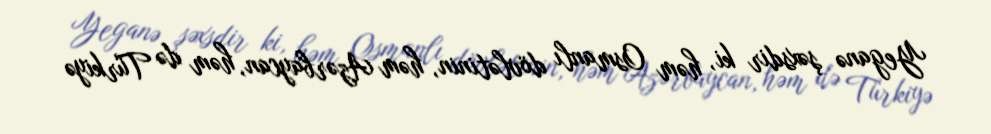
Yeganə şəxsdir ki, həm Osmanlı dövlətinin, həm Azərbaycan, həm də Türkiyə